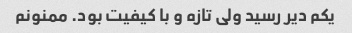
یکم دیر رسید ولی تازه و با کیفیت بود. ممنونم